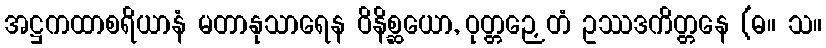
အဋ္ဌကထာစရိယာနံ မတာနုသာရေန ဝိနိစ္ဆယော, ဝုတ္တဉှေတံ ဥဿဒကိတ္တနေ (ဓ။ သ။